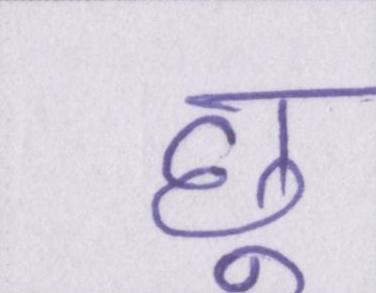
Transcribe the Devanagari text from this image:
छू